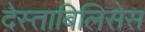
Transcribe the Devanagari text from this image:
देस्ताबिलिसेस